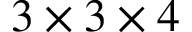
3 \times 3 \times 4